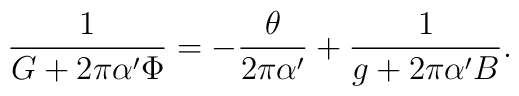
\frac{1}{G+2\pi{\alpha'}\Phi}=-\frac{\theta}{2\pi{\alpha'}}+\frac{1}{g+2\pi{\alpha'}B}.